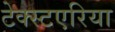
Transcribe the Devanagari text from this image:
टेक्स्टएरिया